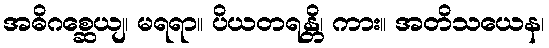
အဓိဂစ္ဆေယျ၊ မရရာ။ ပိယတရန္တိ၊ ကား။ အတိသယေန၊